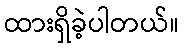
ထားရှိခဲ့ပါတယ်။